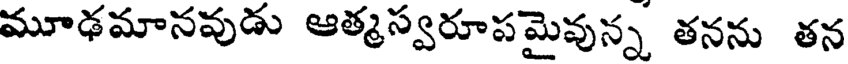
మూఢమానవుడు ఆత్మస్వరూపమైవున్న తనను తన